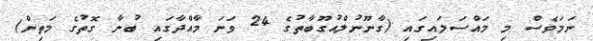
ނަމަވެސް މި މައްސަލައިގައި (ގާނޫނުލްއުގޫބާތުގެ 24 ވަނަ މާއްދާގައި ބުނާ ގޮތުގެ މަތިން)